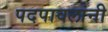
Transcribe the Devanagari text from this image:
पदपावलांनी